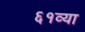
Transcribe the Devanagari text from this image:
६१व्या